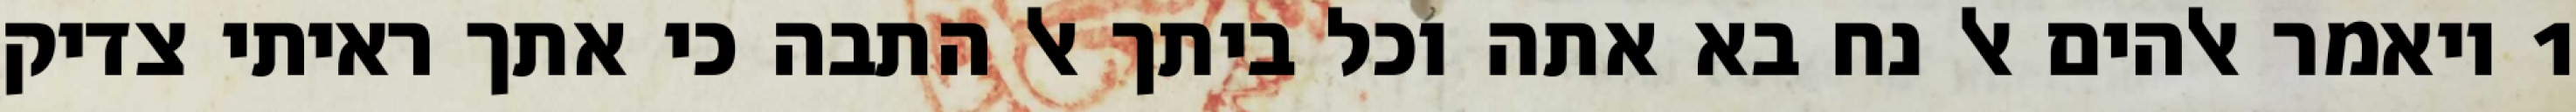
1 ויאמר אלהים אל נח בא אתה וכל ביתך אל התבה כי אתך ראיתי צדיק